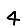
Digit: 4